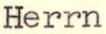
Herrn